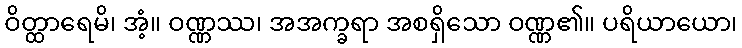
ဝိတ္ထာရေမိ၊ အံ့။ ဝဏ္ဏဿ၊ အအက္ခရာ အစရှိသော ဝဏ္ဏ၏။ ပရိယာယော၊